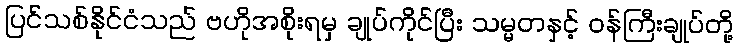
ပြင်သစ်နိုင်ငံသည် ဗဟိုအစိုးရမှ ချုပ်ကိုင်ပြီး သမ္မတနှင့် ဝန်ကြီးချုပ်တို့